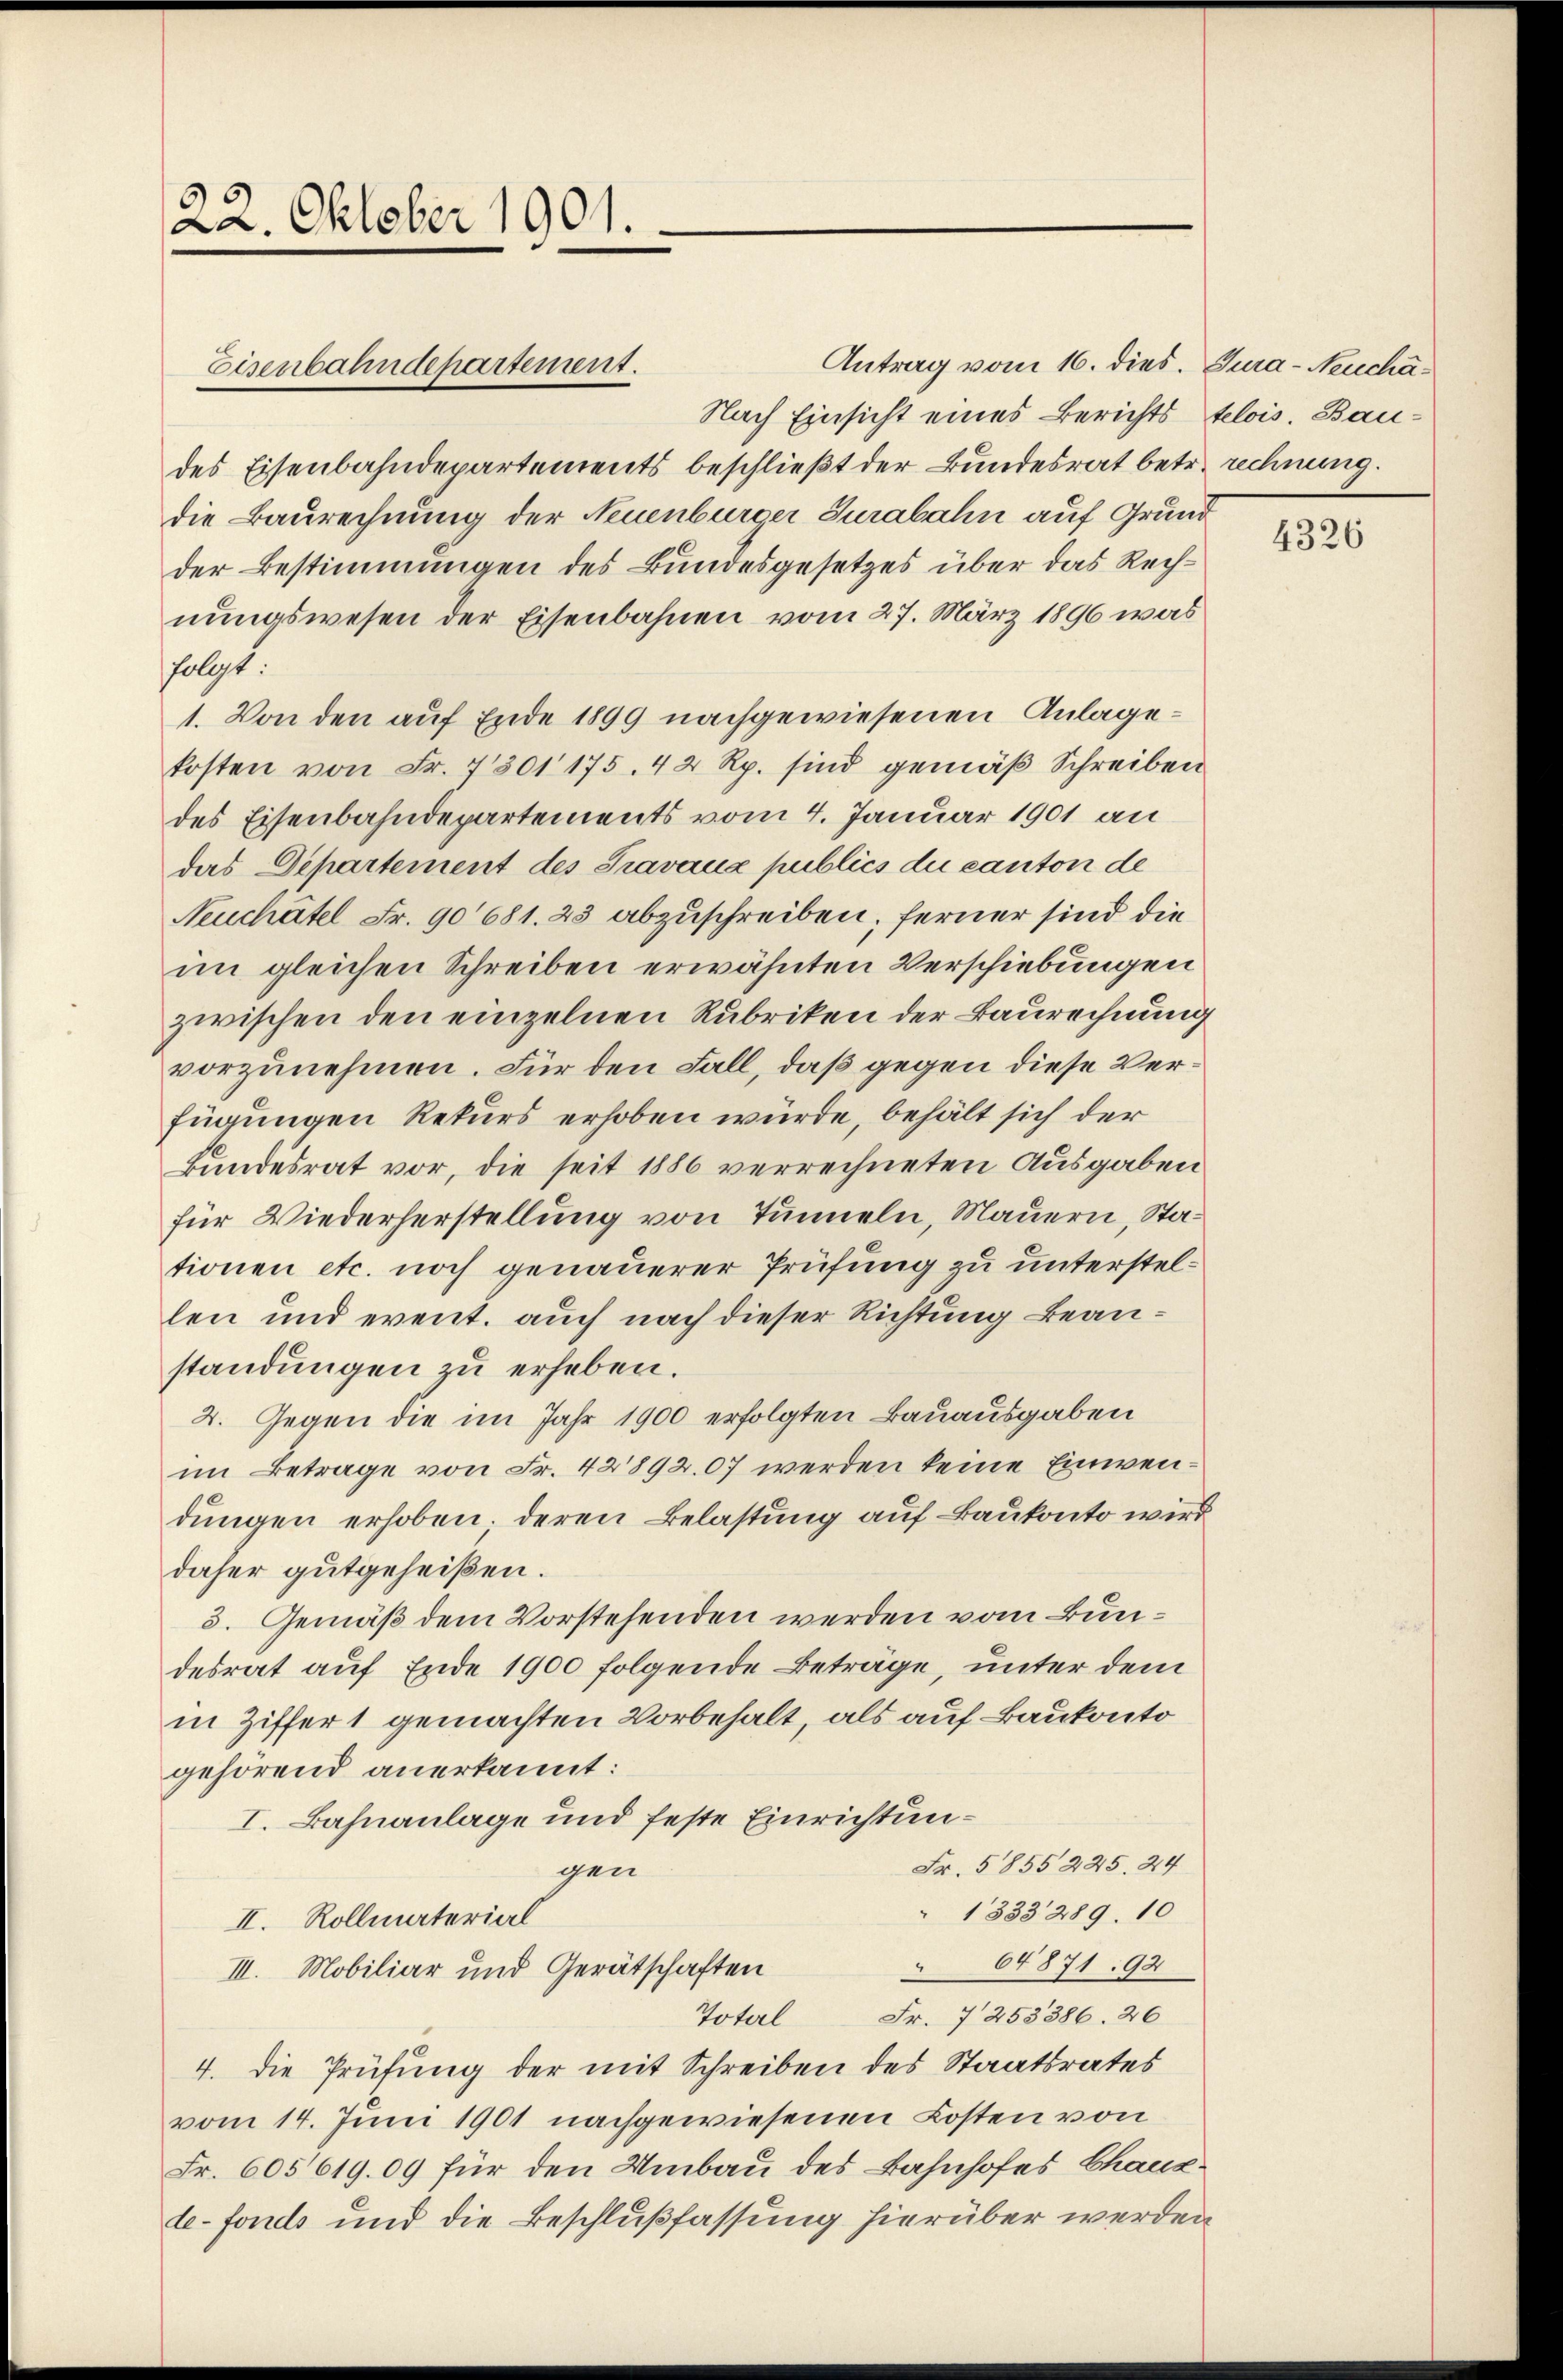
22. Oktober 1901.

des Eisenbahndepartements beschließt der Bundesrat betr. rechnung.
die Baurechnung der Neuenburger Jurabahn auf Grund
der Bestimmungen des Bundesgesetzes über das Rechnungswesen der Eisenbahnen vom 27. März 1896 was
folgt:
1. Von den auf Ende 1899 nachgewiesenen Anlagekosten von Fr. 7301 175. 42 Rp. sind gemäß Schreiben
des Eisenbahndepartements vom 4. Januar 1901 an
das Departement des Travaux publics die canton de
Neuchâtel Fr. 90681. 23 abzuschreiben; ferner sind die
im gleichen Schreiben erwähnten Verschiebungen
zwischen den einzelnen Rubriken der Baurechnung
vorzunehmen. Für den Fall, daß gegen diese Verfügungen Rekurs erhoben würde, behält sich der
Bundesrat vor, die seit 1886 verrechneten Ausgaben
für Wiederherstellung von Tunneln, Mauern, Stationen etc. noch genauerer Prüfung zu unterstellen und event. auch nach dieser Richtung beanstandungen zu erheben.
2. Gegen die im Jahr 1900 erfolgten Bauausgaben
im Betrage von Fr. 42892.07 werden keine Einwendungen erhoben. Deren Belastung auf Baukonto wird
daher gutgeheißen.
3. Gemäß dem Vorstehenden werden vom Bundesrat auf Ende 1900 folgende Beträge, unter dem
in Ziffer 1 gemachten Vorbehalt, als auf Baukonto
gehörend anerkannt:
I. Bahnanlage und feste Einrichtun¬
Fr. 5855 225. 24
gen
 1333 289. 10
II. Rollmaterial
64871. 92
III. Mobiliar und Gerätschaften
Fr. 7253386. 26
Total
4. die Prüfung der mit Schreiben des Staatsrates
vom 14. Juni 1901 nachgewiesenen Kosten von
Fr. 605619. 09 für den Umbau des Bahnhofes Chaux-
le-fonds und die Beschlußfassung hierüber werden

Eisenbahndepartement.

Antrag vom 16. dies. Tura-Neuchä¬
Nach Einsicht eines Berichts telois. Bau¬

4326